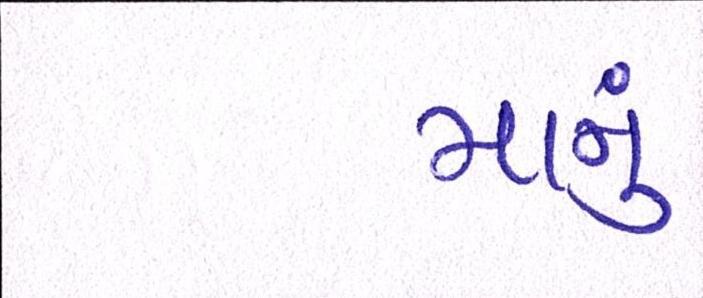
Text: માનું